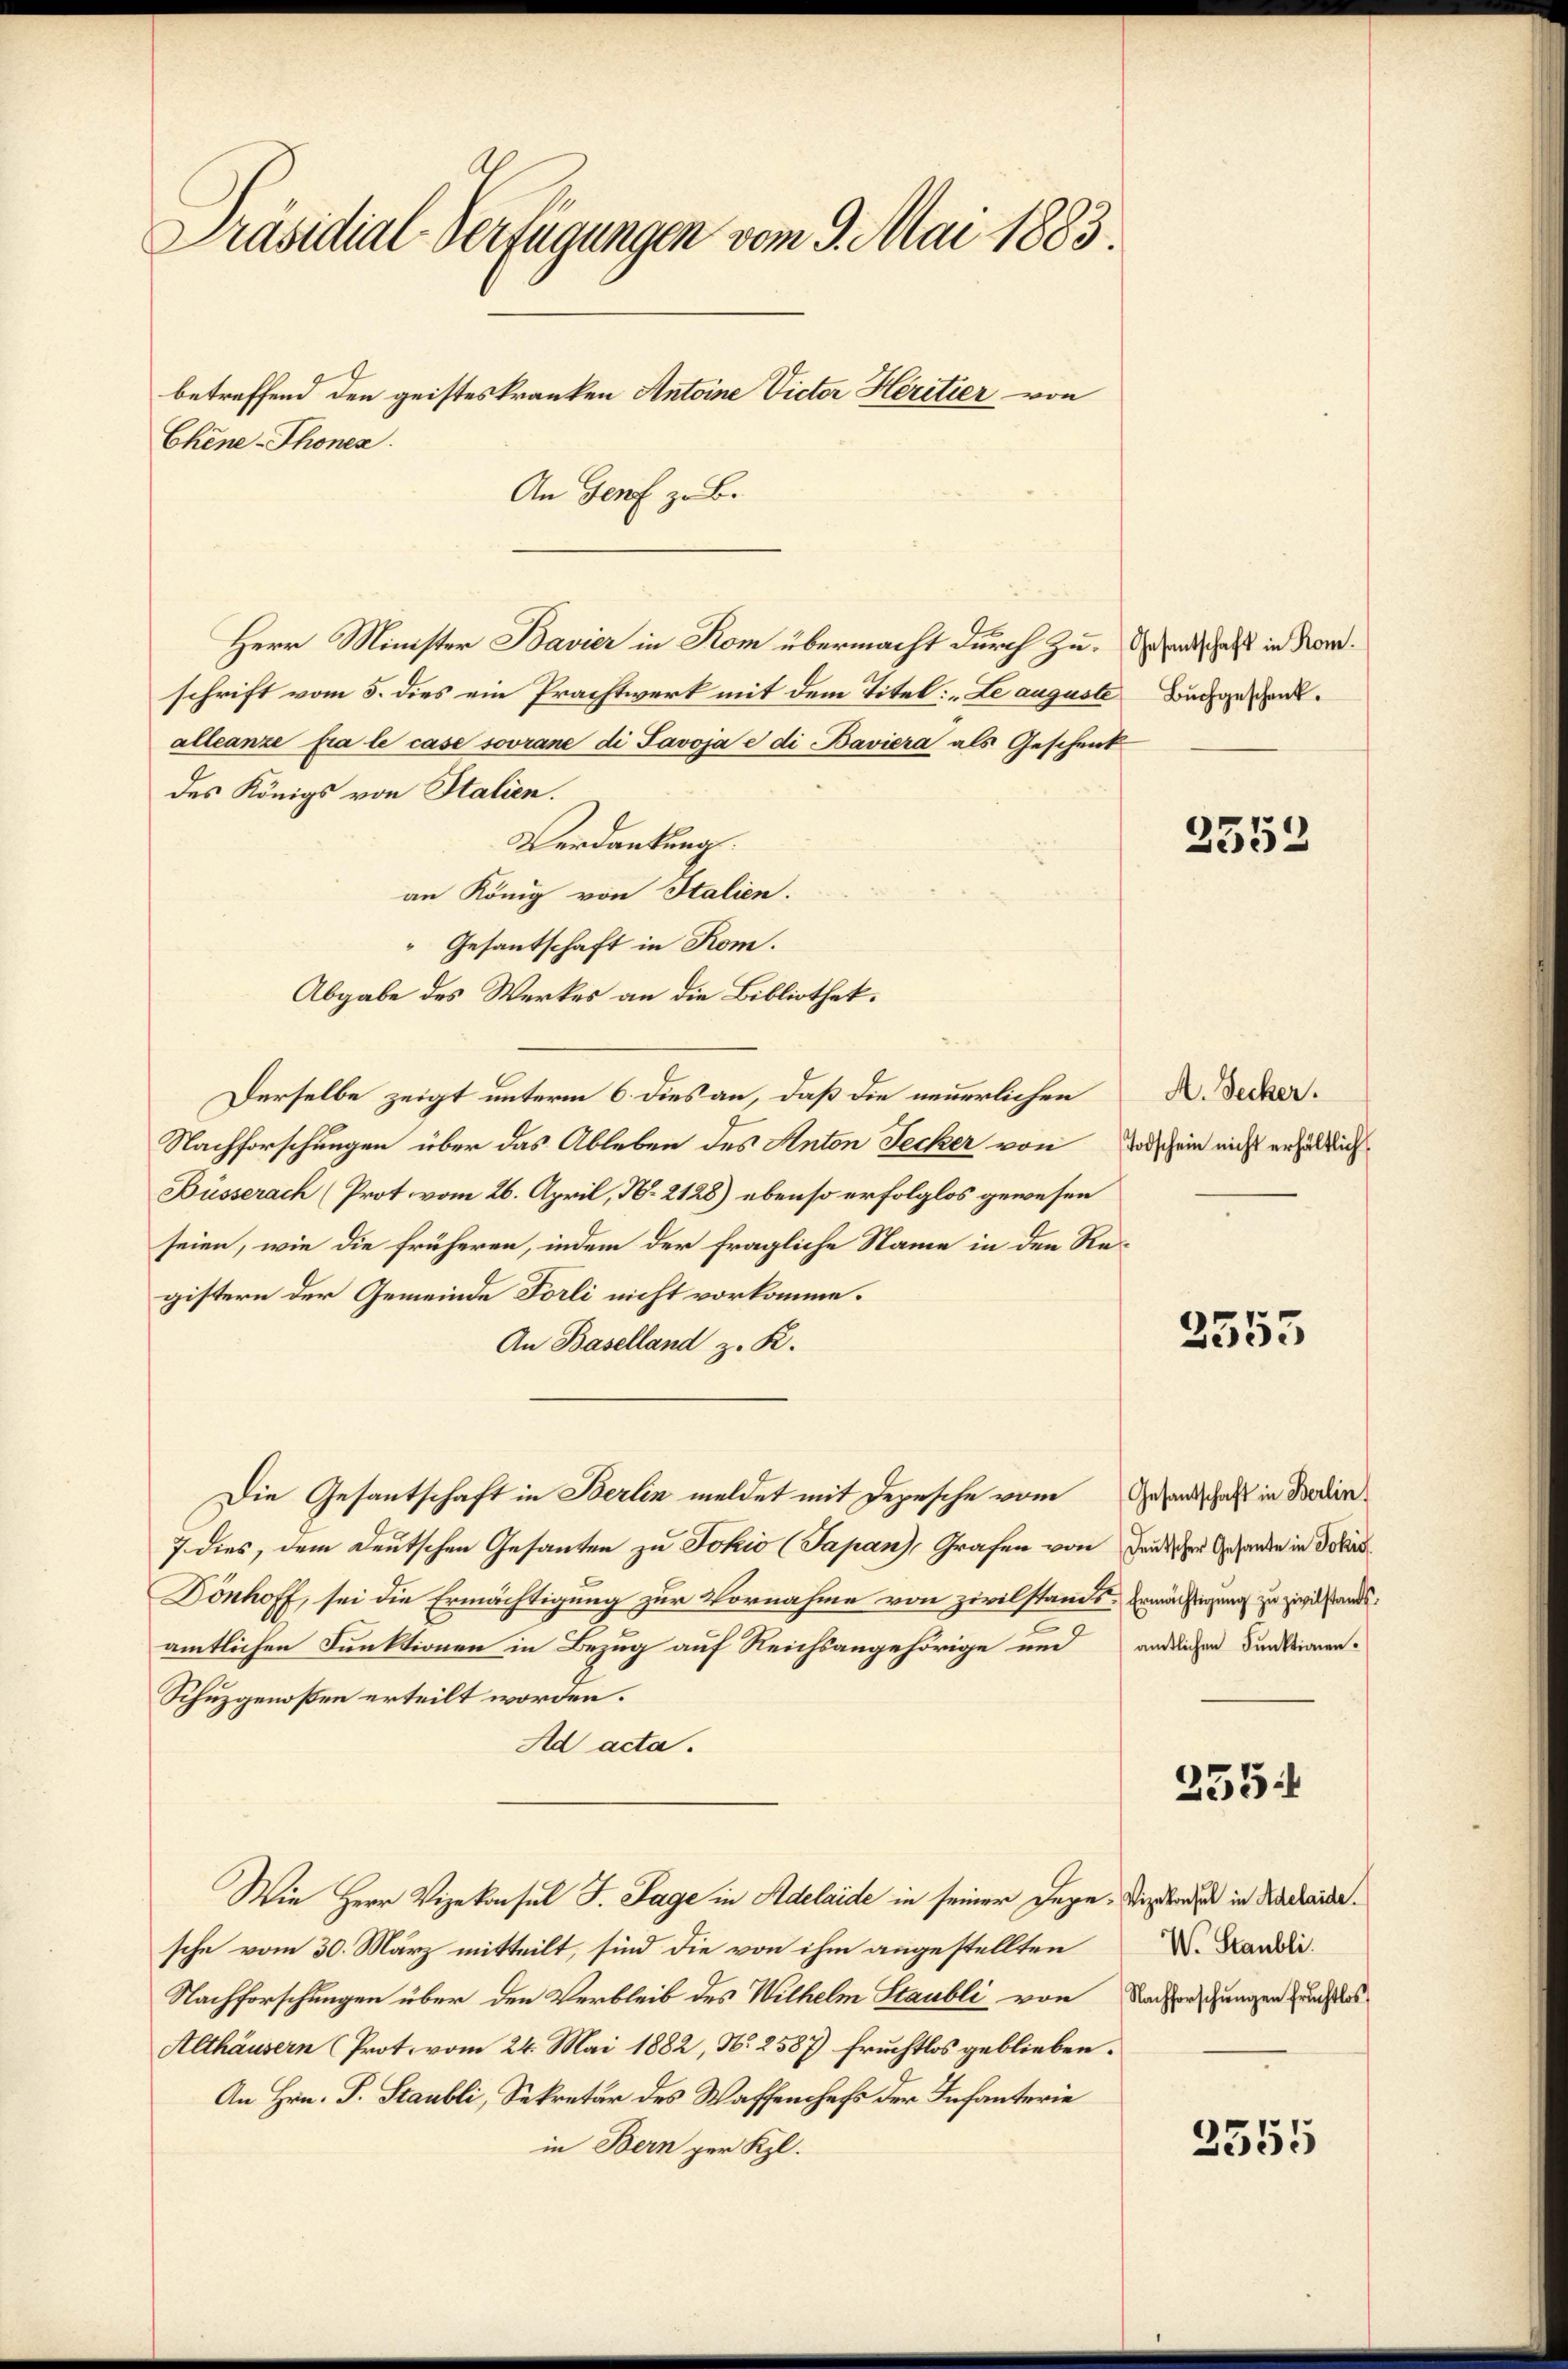
Präsidial-Verfügungen vom 9. Mai 1883.
betreffend den geisteskranken Antoine Victor Heritier von
Chéne-Thonen.

An Genf zu B.
Herr Minister Bavier in Rom übermacht durch zu. Gesandtschaft in Kanschrift vom 5. dies ein Prachtwerk mit dem Titel: „Le auguste Buchgeschenkt.
álleanze fra le case sovrane di Savoja e di Baviera als Geschenk
des Königs von Italien.
Verdankung.
an König von Italien.
“ Gesantschaft in Rom.
Abgabe des Werkes an die Bibliothek.
Derselbe zeigt unterm 6. dies an, daß die neuerlichen
Nachforschungen über das Ableben des Anton Secker von
Büsserach (Prot vom 26. April, N. 2128) ebenso erfolglos gewesen
seien, wie die früheren, indem der fragliche Name in den Re-
gistern der Gemeinde Forli nicht vorkomme.
An Baselland z. R.
Die Gesantschaft in Berlin meldet mit Depesche vom
7 dies, dem Deutschen Gesanten zu Johio (Japan), Grafen von Feuchen Gesandten in der
Donhoff, sei die Ermächtigung zur Vornahme von zivilstands Ermächtigung zu zwilstandtamtlichen Funktionen in Bezug auf Reichsangehörige und
Schuzgenoßen erteilt worden.
Ad acta.
Wie Herr Vizekonsul J. Tage in Adelaide in seiner Tage, Stipende in Nachwerde.
sche vom 30. März mitteilt, sind die von ihm angestellten
Nachforschungen über den Verbleib des Wilhelm Staubli von Nachforschungen durch des
Althäusern (Prot. vom 24. Mai 1882, N. 2587) fruchtlos geblieben.
An Hrn. P. Staubli, Sekretär des Waffenchefs der Infanterie
in Bern per Kl.

2552

A. Secker.
Todschein nicht erhältlich

2555

Gesandtschaft in Berlin
amtlichen Funktionen¬

255:

W. Staubli.

2555